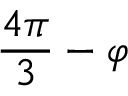
\frac { 4 \pi } { 3 } - \varphi